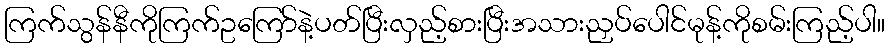
ကြက်သွန်နီကိုကြက်ဥကြော်နဲ့ပတ်ပြီးလှည့်စားပြီးအသားညှပ်ပေါင်မုန့်ကိုစမ်းကြည့်ပါ။